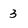
Character: 3